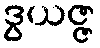
ဒွယဇ္ဇ